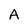
Character: A